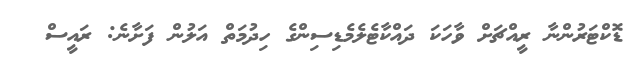
ޑޮކްޓަރުންނާ ރީއްޗަށް ވާހަކަ ދައްކާޓެލެމެޑިސިންގެ ހިދުމަތް އަލުން ފަށާނެ: ރައީސް